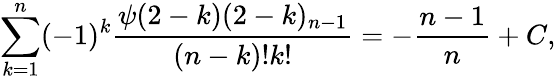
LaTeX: \sum_{k=1}^{n}(-1)^{k}\frac{\psi(2-k)(2-k)_{n-1}}{(n-k)!k!}=-\frac{n-1}{n}+C,